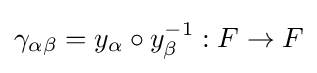
\gamma _{\alpha \beta }=y_{\alpha }\circ y_{\beta }^{-1}:F\rightarrow F